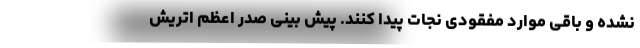
نشده و باقی موارد مفقودی نجات پیدا کنند. پیش بینی صدر اعظم اتریش